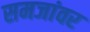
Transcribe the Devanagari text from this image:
समजांवर